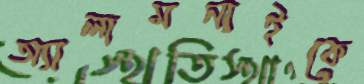
অ্যালামনাইকে